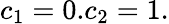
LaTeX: {{c}_{1}}=0.{{c}_{2}}=1.